Statistical return of the lunatic asylum in Assam - 1912-1932
Year: 1912
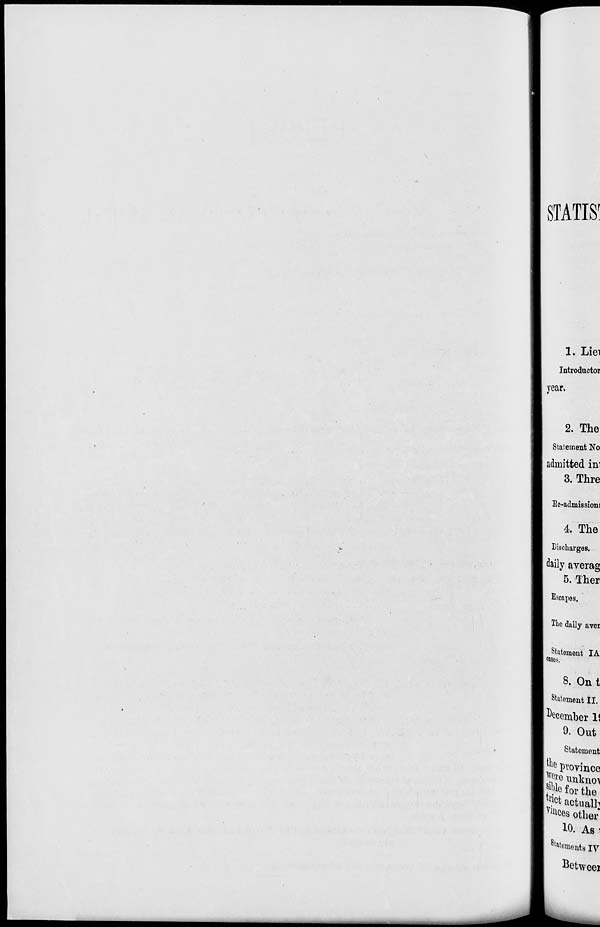
STATIS'
1. Liei
Introductor
year,
2. The
Statement No
admitted in:
3. Thre
Re-admissions
4. The
Discharges.
daily averag
5. Ther
Escapes.
The daily aver
Statement IA
eases.
8. Out
Statement II.
| Member 1!
9. Out
Statement
I tlle province
Jge unknoi
% for the
Jrt actually
I Vlu ces other
10. As I
Stat°a ients IV
Betweei